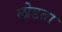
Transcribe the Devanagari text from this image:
लोडता